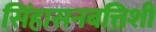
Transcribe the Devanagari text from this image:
सिंहासनबत्तिशी